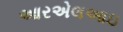
આરએલઆઇ